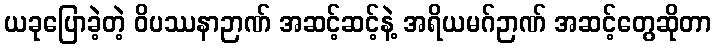
ယခုပြောခဲ့တဲ့ ဝိပဿနာဉာဏ် အဆင့်ဆင့်နဲ့ အရိယမဂ်ဉာဏ် အဆင့်တွေဆိုတာ